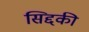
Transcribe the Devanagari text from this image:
सिद्दकी